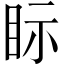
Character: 眎